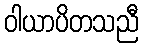
ဝါယာပိတသညီ